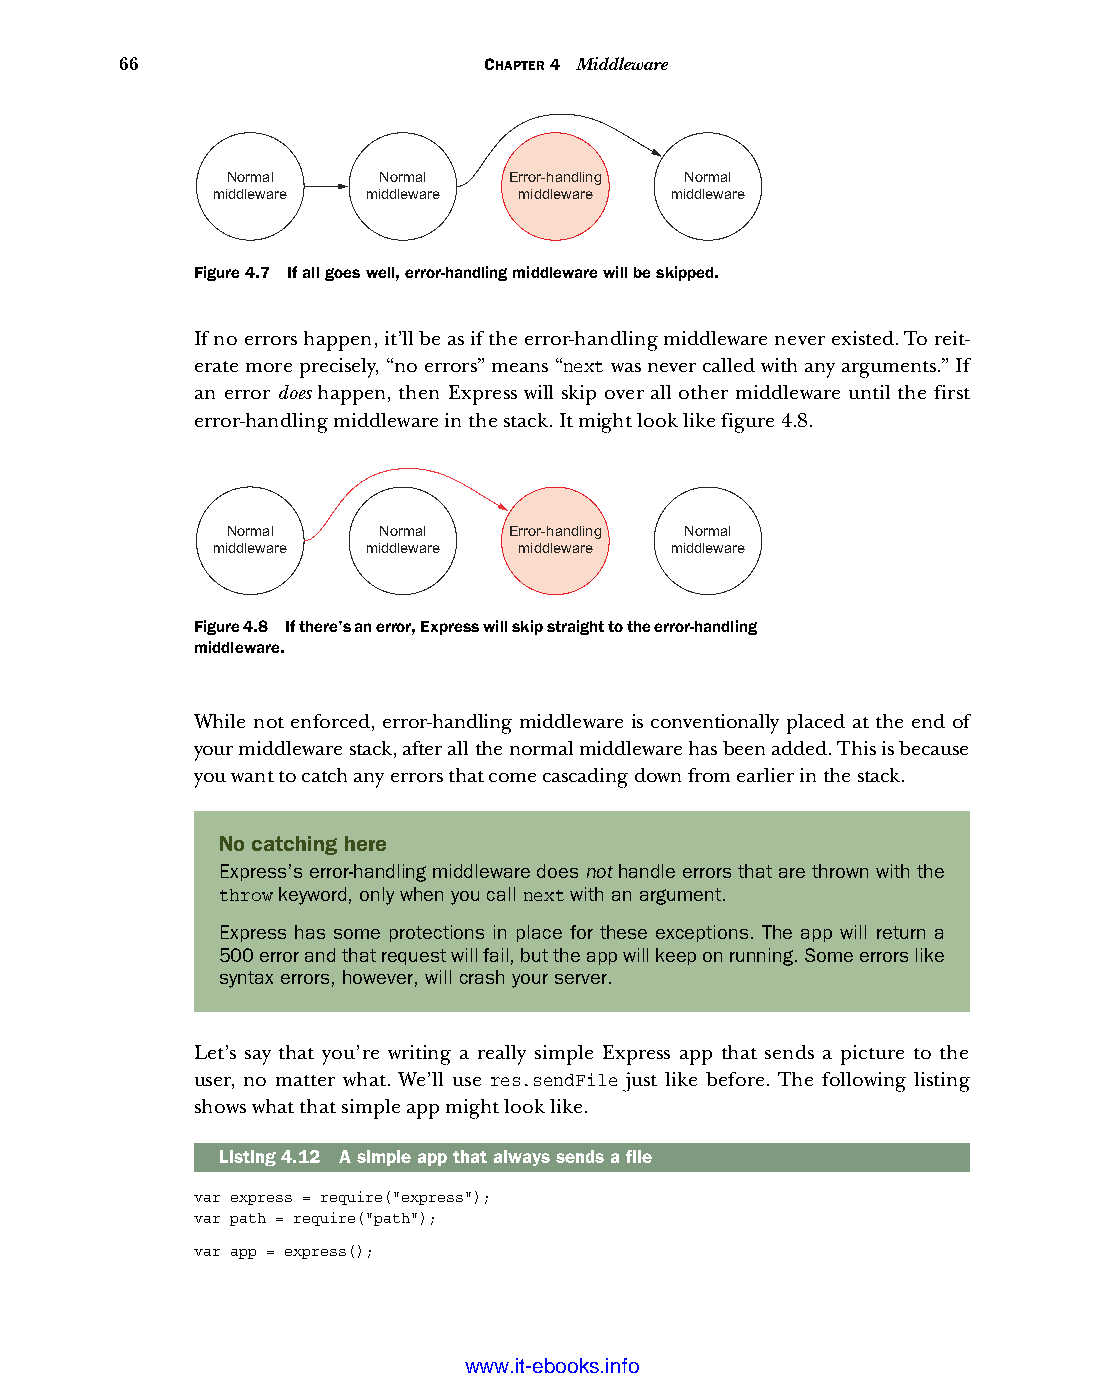
66                      CHAPTER 4 Middleware
 Normal    Normal   Error-handling Normal
 middleware middleware middleware middleware
 Figure 4.7 If all goes well, error-handling middleware will be skipped.
 If no errors happen, it’ll be as if the error-handling middleware never existed. To reit-
 erate more precisely, “no errors” means “next was never called with any arguments.” If
 an error does happen, then Express will skip over all other middleware until the first
 error-handling middleware in the stack. It might look like figure 4.8.
 Normal    Normal   Error-handling Normal
 middleware middleware middleware middleware
 Figure 4.8 If there’s an error, Express will skip straight to the error-handling
 middleware.
 While not enforced, error-handling middleware is conventionally placed at the end of
 your middleware stack, after all the normal middleware has been added. This is because
 you want to catch any errors that come cascading down from earlier in the stack.
 No catching here
 Express’s error-handling middleware does not handle errors that are thrown with the
 throw keyword, only when you call next with an argument.
 Express has some protections in place for these exceptions. The app will return a
 500 error and that request will fail, but the app will keep on running. Some errors like
 syntax errors, however, will crash your server.
 Let’s say that you’re writing a really simple Express app that sends a picture to the
 user, no matter what. We’ll use res.sendFile just like before. The following listing
 shows what that simple app might look like.
 Listing4.12 A simple app that always sends a file
 var express = require("express");
 var path = require("path");
 var app = express();
 Licensed wtow w <.mit-ielebro.8o8k8s@.ingfomail.com>